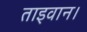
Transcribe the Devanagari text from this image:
ताइवान।